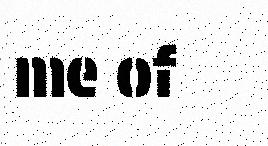
me of